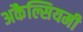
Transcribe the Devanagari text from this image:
अकैल्सियमी